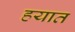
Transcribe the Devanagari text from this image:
हयात